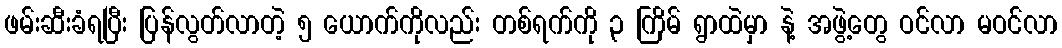
ဖမ်းဆီးခံရပြီး ပြန်လွတ်လာတဲ့ ၅ ယောက်ကိုလည်း တစ်ရက်ကို ၃ ကြိမ် ရွာထဲမှာ နဲ့ အဖွဲ့တွေ ဝင်လာ မဝင်လာ